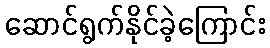
ဆောင်ရွက်နိုင်ခဲ့ကြောင်း